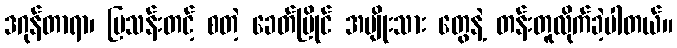
ဒဂုန်တာရာ၊ မြသန်းတင့် စတဲ့ ခေတ်ပြိုင် အမျိုးသား တွေနဲ့ တန်းတူလိုက်ခဲ့ပါတယ်။